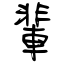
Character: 輩